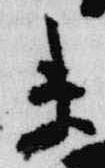
未